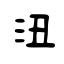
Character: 沑